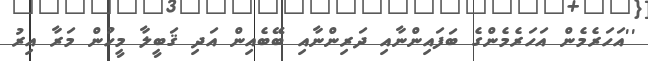
''އަހަރެމެން އަހަރެމެންގެ ބަފައިންނާއި ދަރިންނާއި ބޭބެއިން އަދި ޤަބީލާ މީހުން މަރާ އިރު